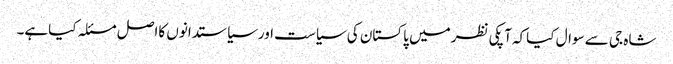
شاہ جی سے سوال کیاکہ آپکی نظرمیں پاکستان کی سیاست اورسیاستدانوں کااصل مسئلہ کیاہے۔